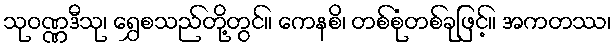
သုဝဏ္ဏဒီသု၊ ရွှေစသည်တို့တွင်။ ကေနစိ၊ တစ်စုံတစ်ခုဖြင့်။ အကတဿ၊